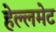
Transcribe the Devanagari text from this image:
हेल्लमेट